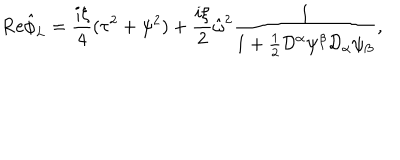
{ \mathrm { R e } } \hat { \phi } _ { L } = \frac { i \xi } { 4 } ( \tau ^ { 2 } + \psi ^ { 2 } ) + \frac { i \xi } { 2 } \hat { \omega } ^ { 2 } \frac { 1 } { 1 + \frac { 1 } { 2 } { \cal D } ^ { \alpha } \psi ^ { \beta } { \cal D } _ { \alpha } \psi _ { \beta } } ,